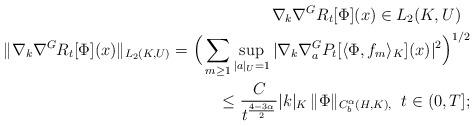
LaTeX: \begin{align*} \nabla_k \nabla_{}^G R_t[ \Phi](x) \in L_2(K,U) \;\; \\ \| \nabla_k \nabla_{}^G R_t[ \Phi](x) \|_{L_2(K,U)} = \Big (\sum_{m \ge 1} \sup_{|a|_U =1}| \nabla_k \nabla_{a}^G P_t[\langle \Phi , f_m \rangle_K ](x)|^2 \Big)^{1/2} \\ \le \frac{C}{t^{\frac{4 - 3\alpha}{2}}} |k|_K \, \| \Phi\|_{ C^{\alpha}_b(H, K),}\;\; t \in (0,T];\end{align*}